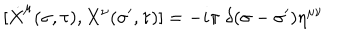
[ \dot { X } ^ { \mu } ( \sigma , \tau ) , X ^ { \nu } ( \sigma ^ { \prime } , \tau ) ] = - i \pi \; \delta ( \sigma - \sigma ^ { \prime } ) \eta ^ { \mu \nu }